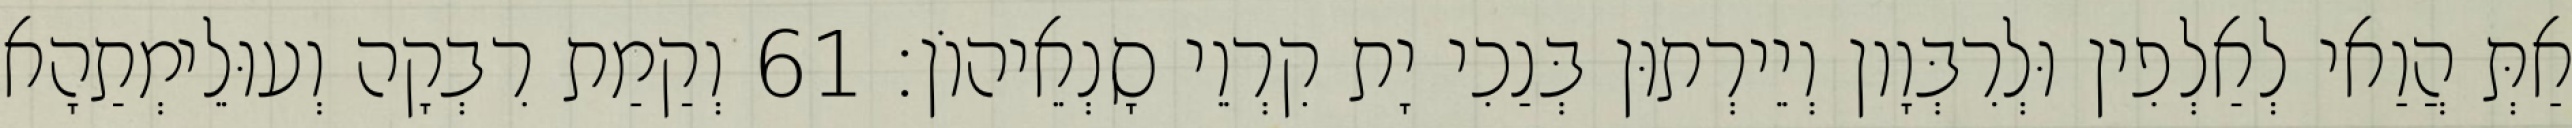
אַתְּ הֲוַאי לְאַלְפִין וּלְרִבְּוָון וְיֵירְתוּן בְּנַכִי יָת קִרְוֵי סָנְאֵיהוֹן׃ 61 וְקַמַת רִבְקָה וְעוּלֵימְתַהָא